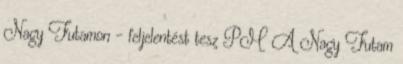
Nagy Futamon – feljelentést tesz PM A Nagy Futam